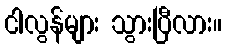
ငါလွန်များ သွားပြီလား။